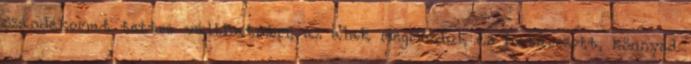
szándékomat tettre válthatnám, az alak megmozdul, és határozott, könnyed